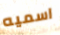
اسميه